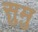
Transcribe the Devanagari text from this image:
सुमु